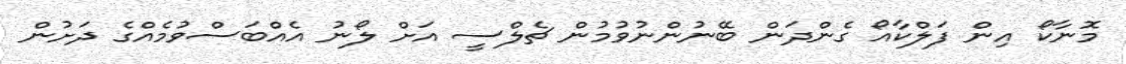
މޮނާކޯ އިން ފަލްކާއޯ ގެންދަން ބޭނުންނުވުމުން ޗެލްސީ އަށް ލޯނު އެއްބަސްވުމެއްގެ ދަށުން